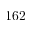
1 6 2